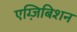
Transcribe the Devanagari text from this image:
एग्ज़िबिशन